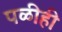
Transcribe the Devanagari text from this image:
पळीही